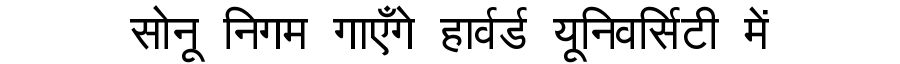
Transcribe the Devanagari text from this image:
सोनू निगम गाएँगे हार्वर्ड यूनिवर्सिटी में